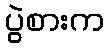
ပွဲစားက